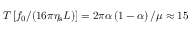
T \left[ f _ { 0 } / ( 1 6 \pi \eta _ { \mathrm { s } } L ) \right] = 2 \pi \alpha \left( 1 - \alpha \right) / \mu \approx 1 5